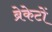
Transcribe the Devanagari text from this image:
ब्रेकेटों